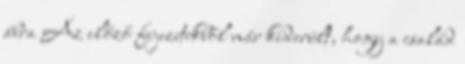
ábra Az előző fejezetekből már kiderült, hogy a család